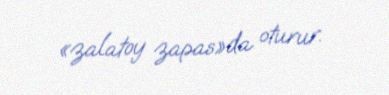
«zalatoy zapas»da oturur.